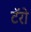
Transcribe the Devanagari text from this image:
टॅरो